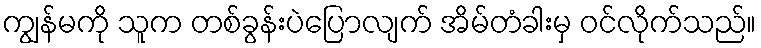
ကျွန်မကို သူက တစ်ခွန်းပဲပြောလျက် အိမ်တံခါးမှ ဝင်လိုက်သည်။